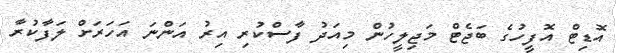
އޮޑިޓް އޮފީހުގެ ބަޖެޓް މަޖިލީހުން މިއަދު ފާސްކުރި އިރު އަންނަ އަހަރަށް ލަފާކުރާ